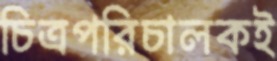
চিত্রপরিচালকই